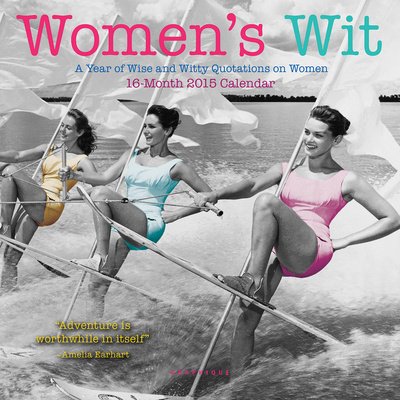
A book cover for Womens Wit 2015 Calendar: A Year of Wise and Witty Quotations on Women; Calendars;